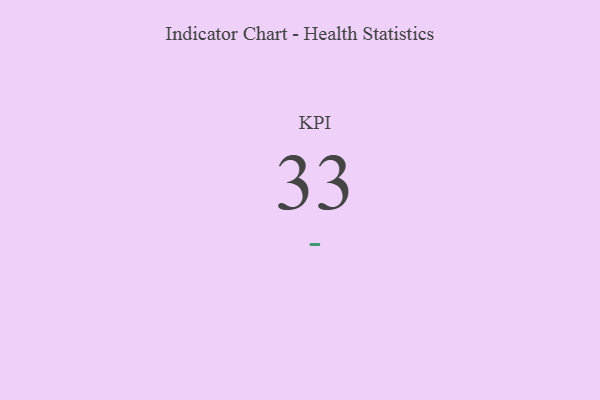
{"axis": {"x": "KPI", "y": "Value"}, "legend": [""], "data": [{"x": "KPI", "y": 33, "type": ""}]}